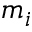
m _ { i }